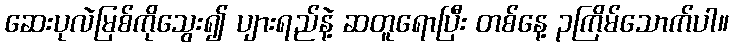
ဆေးပုလဲမြစ်ကိုသွေး၍ ပျားရည်နဲ့ ဆတူရောပြီး တစ်နေ့ ၃ကြိမ်သောက်ပါ။